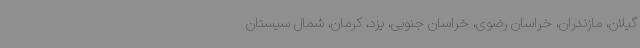
گیلان، مازندران، خراسان رضوی، خراسان جنوبی، یزد، کرمان، شمال سیستان